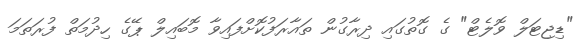
"ޑިޖިޓަލް ވޮލެޓް" ގެ ގޮތުގައި ދިރާގުން ތައާރަފުކޮށްފައިވާ މޮބައިލް ޕޭގެ ހިދުމަތް ފުރަތަމަ